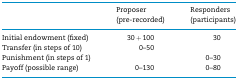
<table><thead><tr><td></td><td><b>Proposer (pre-recorded)</b></td><td><b>Responders (participants)</b></td></tr></thead><tbody><tr><td>Initial endowment (fixed)</td><td>30 + 100</td><td>30</td></tr><tr><td>Transfer (in steps of 10)</td><td>0–50</td><td></td></tr><tr><td>Punishment (in steps of 1)</td><td></td><td>0–30</td></tr><tr><td>Payoff (possible range)</td><td>0–130</td><td>0–80</td></tr></tbody></table>